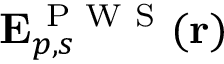
\mathbf { E } _ { p , s } ^ { \mathrm { ~ P ~ W ~ S ~ } } ( \mathbf { r } )